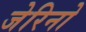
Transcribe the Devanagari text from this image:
जेरिनो